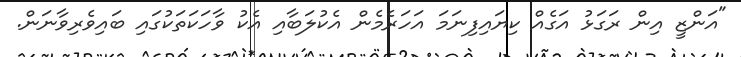
"އަންޒީ އިން ރަގަޅު އަގެއް ކިޔައިފިނަމަ އަހަރެމެން އެކުލަބާއި އެކު ވާހަކަތަކުގައި ބައިވެރިވާނަން.